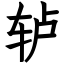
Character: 轳